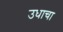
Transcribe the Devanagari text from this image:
उधाचा